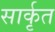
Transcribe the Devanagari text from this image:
सार्कृत